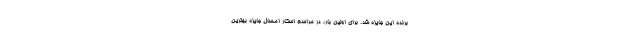
برنده این جایزه شد. برای اولین بار، در مراسم اسکار امسال جایزه بهترین